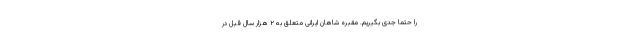
را حتما جدی بگیریم. مقبره شاهان ایرانی متعلق به ۲ هزار سال قبل در